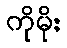
ကိုမိုး